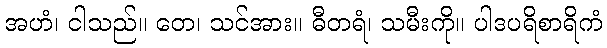
အဟံ၊ ငါသည်။ တေ၊ သင်အား။ ဓီတရံ၊ သမီးကို။ ပါဒပရိစာရိကံ